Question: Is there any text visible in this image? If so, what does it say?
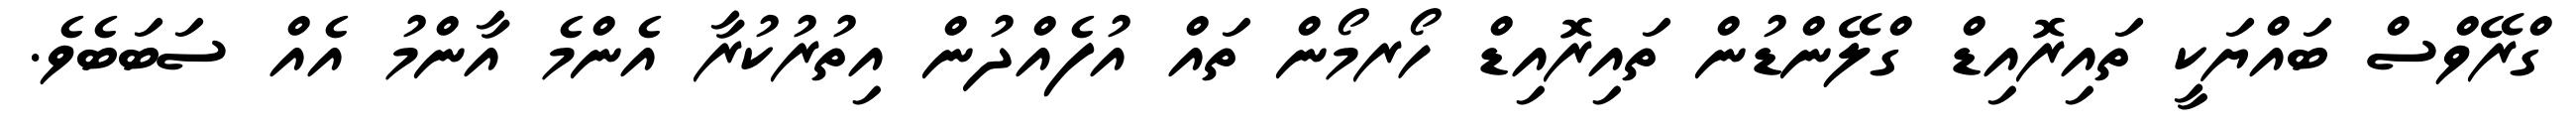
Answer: ގްރޭވްސް ބައްޔަކީ ތައިރޮއިޑް ގްލޭންޑުން ތައިރޮއިޑް ހޯރމޯން ތައް އުފެއްދުން އިތުރުކުރާ އެންމެ އާންމު އެއް ސަބަބެވެ.